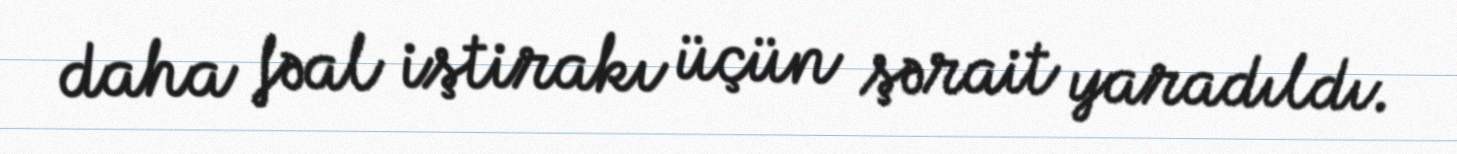
daha fəal iştirakı üçün şərait yaradıldı.